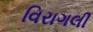
વિરાગલી